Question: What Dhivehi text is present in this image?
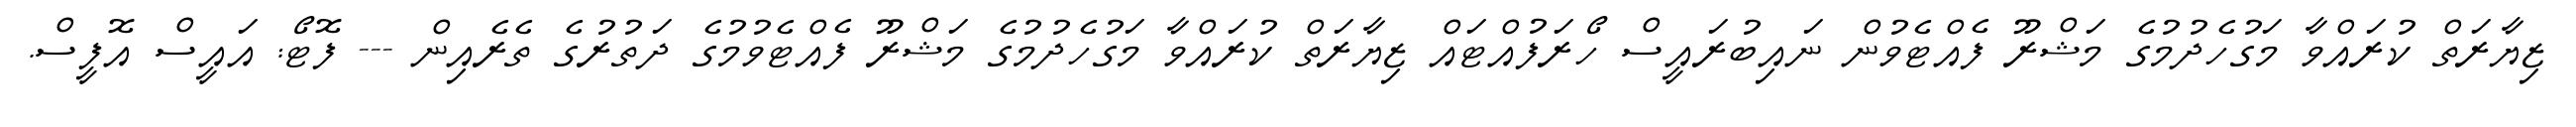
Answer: ޒިޔާރަތް ކުރައްވާ މަގުހެދުމުގެ މަޝްރޫ ފެއްޓެވުން ނައިބުރައީސް ހޯރަފުއްޓައް ޒިޔާރަތް ކުރައްވާ މަގުހެދުމުގެ މަޝްރޫ ފެއްޓެވުމުގެ ދަތުރުގެ ތެރެއިން --- ފޮޓޯ: އައީސް އޮފީސް.